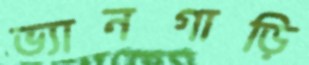
ভ্যানগাড়ি